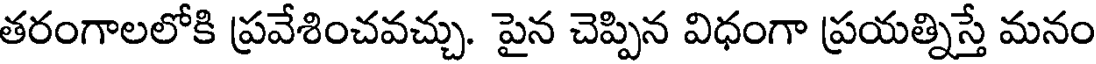
తరంగాలలోకి ప్రవేశించవచ్చు. పైన చెప్పిన విధంగా ప్రయత్నిస్తే మనం